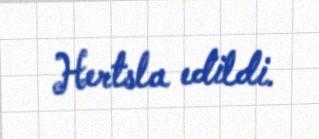
Hertsla edildi.